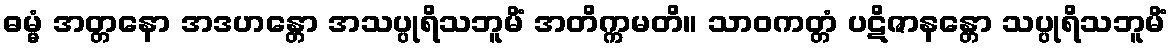
ဓမ္မံ အတ္တနော အဒဟန္တော အသပ္ပုရိသဘူမိံ အတိက္ကမတိ။ သာဝကတ္တံ ပဋိဇာနန္တော သပ္ပုရိသဘူမိံ